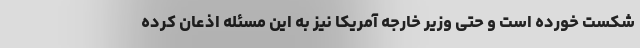
شکست خورده است و حتی وزیر خارجه آمریکا نیز به این مسئله اذعان کرده